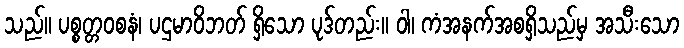
သည်။ ပစ္စတ္တဝစနံ၊ ပဌမာဝိဘတ် ရှိသော ပုဒ်တည်း။ ဝါ၊ ကံအနက်အစရှိသည်မှ အသီးသော